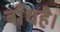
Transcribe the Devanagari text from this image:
बाँधहै।